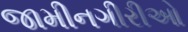
જામીનગીરીઓ